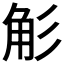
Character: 𮗢